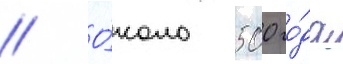
// О́коло 500 го́да